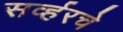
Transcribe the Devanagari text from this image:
सर्व्हरचे